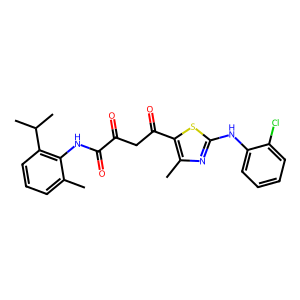
SMILES: Cc1cccc(C(C)C)c1NC(=O)C(=O)CC(=O)c1sc(Nc2ccccc2Cl)nc1C
Inhibits HIV replication: No